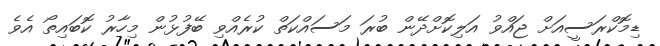
ޑިމޮކްރަސީއަށް ޖައްވު އަލިކޮށްދޭން ބުރަ މަސައްކަތް ކުރެއްވި ބޭފުޅުން މިހާރު ކޮބައިތޯ އެވެ